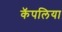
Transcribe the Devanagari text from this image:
कॅपलिया